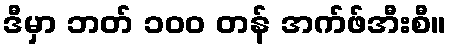
ဒီမှာ ဘတ် ၁၀၀ တန် အက်ဖ်အီးစီ။